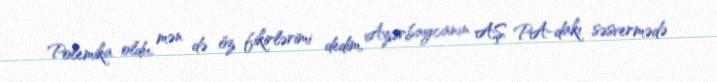
Polemika oldu, mən də öz fikirlərimi dedim, Azərbaycanın AŞ PA-dakı səsvermədə